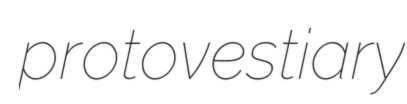
protovestiary